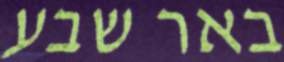
באר שבע